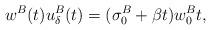
LaTeX: \begin{align*}w^B(t)u_\delta^B(t)=(\sigma_{0}^{B}+\beta t)w_{0}^{B}t,\end{align*}